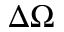
\Delta \Omega